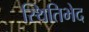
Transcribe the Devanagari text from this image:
स्थितिभेद